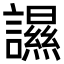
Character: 䜙